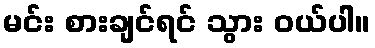
မင်း စားချင်ရင် သွား ဝယ်ပါ။